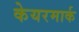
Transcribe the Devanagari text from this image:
केयरमार्क